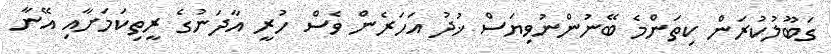
ގަބޫލުކުރަން ކިތަންމެ ބޭނުންނުވިޔަސް ޚުދު އަހަރެން ވެސް ހުރީ އާދަނުގެ ރީތިކަމަށާއި އޭނާ